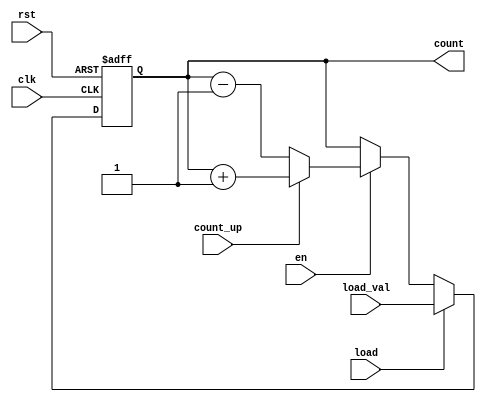
module synchronous_counter (
    input wire clk,          // Clock input
    input wire rst,          // Asynchronous reset input
    input wire en,           // Enable signal
    input wire count_up,     // Count up control signal
    input wire [3:0] load_val, // Load value input
    input wire load,         // Load control signal
    output reg [3:0] count   // Current count value (4-bit wide)
);

// Counter operation
always @(posedge clk or posedge rst) begin
    if (rst) begin
        // Reset the counter to zero
        count <= 4'b0000;
    end else if (load) begin
        // Load the specified value
        count <= load_val;
    end else if (en) begin
        // Count up or down based on the count_up control signal
        if (count_up) begin
            count <= count + 1; // Increment
        end else begin
            count <= count - 1; // Decrement
        end
    end
end

endmodule